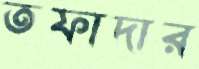
তফাদার